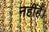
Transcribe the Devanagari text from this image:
नहींहैं।